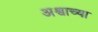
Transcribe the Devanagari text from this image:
अश्वाच्या